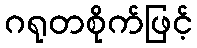
ဂရုတစိုက်ဖြင့်